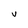
Character: V